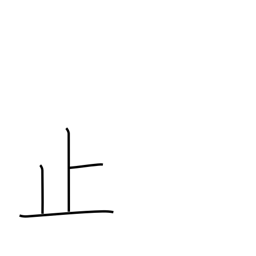
Meaning: stop